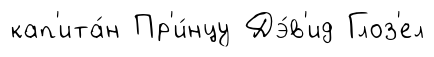
кап'ита́н Пр'и́нцу Дэ́в'ид Глоз'ел